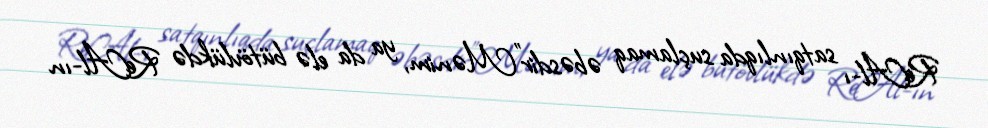
ReAl-ı satqınlıqda suçlamaq əbəsdir"Mənim, ya da elə bütövlükdə ReAl-ın